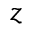
z